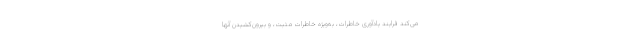
می‌کند فرایند یادآوری خاطرات، به‌ویژه خاطرات مثبت، و بیرون‌کشیدن آنها